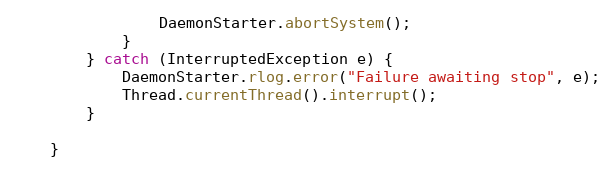
Language: Java
                DaemonStarter.abortSystem();
            }
        } catch (InterruptedException e) {
            DaemonStarter.rlog.error("Failure awaiting stop", e);
            Thread.currentThread().interrupt();
        }

    }